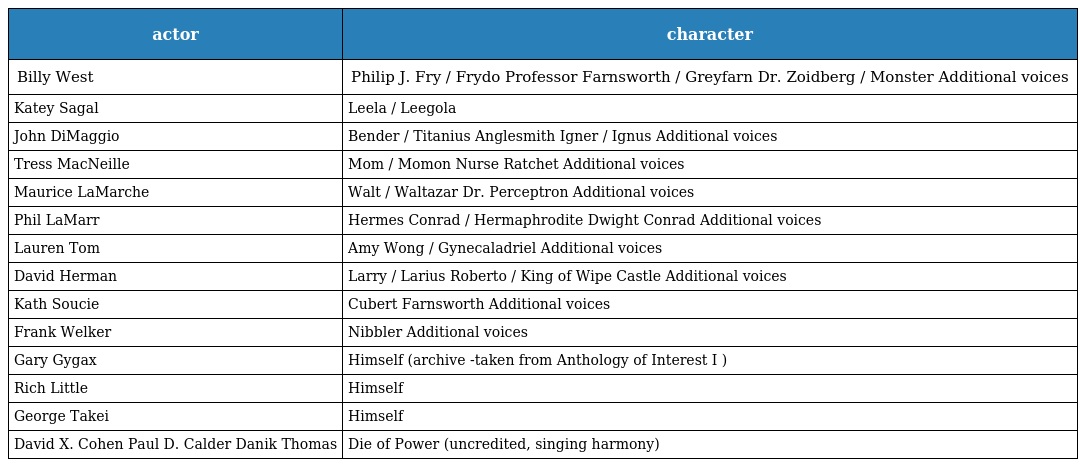
| actor | character |
 | --- | --- |
 | Billy West | Philip J. Fry / Frydo Professor Farnsworth / Greyfarn Dr. Zoidberg / Monster Additional voices |
 | Katey Sagal | Leela / Leegola |
 | John DiMaggio | Bender / Titanius Anglesmith Igner / Ignus Additional voices |
 | Tress MacNeille | Mom / Momon Nurse Ratchet Additional voices |
 | Maurice LaMarche | Walt / Waltazar Dr. Perceptron Additional voices |
 | Phil LaMarr | Hermes Conrad / Hermaphrodite Dwight Conrad Additional voices |
 | Lauren Tom | Amy Wong / Gynecaladriel Additional voices |
 | David Herman | Larry / Larius Roberto / King of Wipe Castle Additional voices |
 | Kath Soucie | Cubert Farnsworth Additional voices |
 | Frank Welker | Nibbler Additional voices |
 | Gary Gygax | Himself (archive -taken from Anthology of Interest I ) |
 | Rich Little | Himself |
 | George Takei | Himself |
 | David X. Cohen Paul D. Calder Danik Thomas | Die of Power (uncredited, singing harmony) |